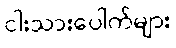
ငါးသားပေါက်များ